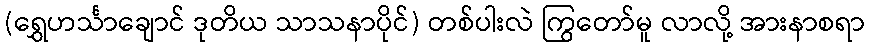
(ရွှေဟင်္သာချောင် ဒုတိယ သာသနာပိုင်) တစ်ပါးလဲ ကြွတော်မူ လာလို့ အားနာစရာ